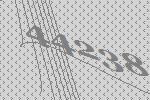
44238